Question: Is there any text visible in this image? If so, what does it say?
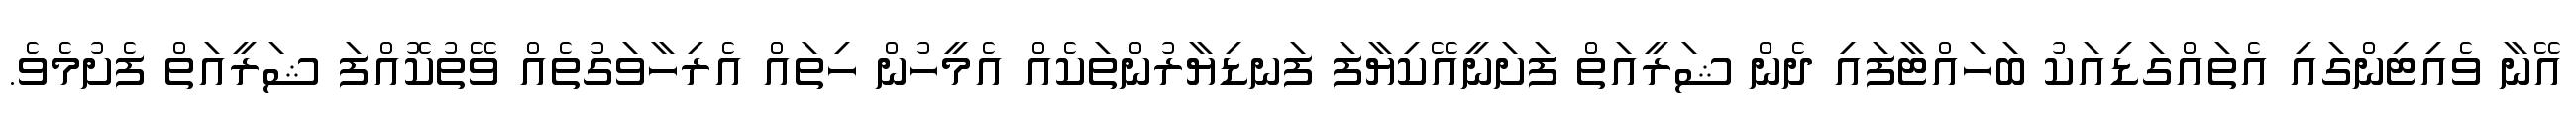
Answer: އޭނާ ވެއިޓިންގައި އެތައްގަޑިއަކު ބަހައްޓާފައި ދެން ޝަރީއަތް ފަށަނީއޭކިޔާފަ ފަނޑިޔާރުންތަކެއް އެމީހުން ހިތައް އެރިހާވަގުތެއް ވޭތުކޮއްފަ ޝަރީއަތް ފެށުމެވެ.